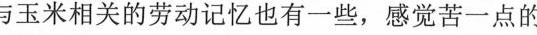
与玉米相关的劳动记忆也有一些，感觉苦一点的